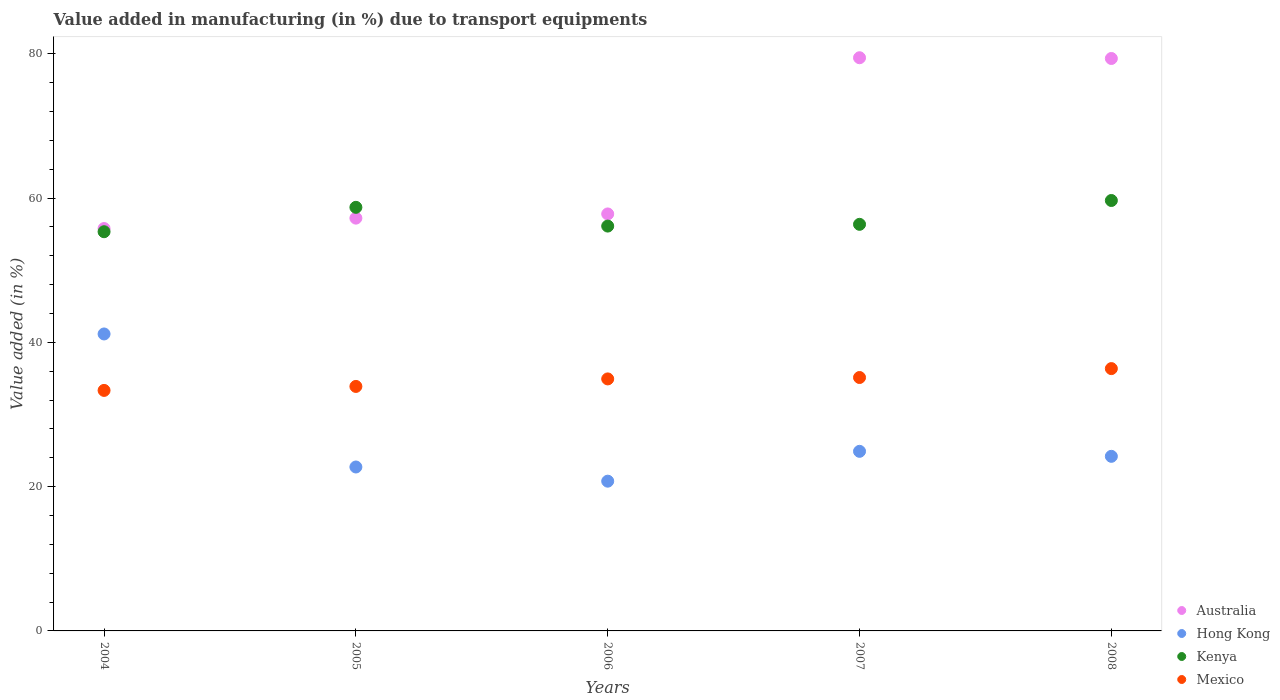
| Years | Australia | Hong Kong | Kenya | Mexico |
 | --- | --- | --- | --- | --- |
 | 2004 | 55.8 | 41.2 | 55.3 | 33.3 |
 | 2005 | 57.2 | 22.7 | 58.7 | 33.9 |
 | 2006 | 57.8 | 20.8 | 56.1 | 34.9 |
 | 2007 | 79.5 | 24.9 | 56.4 | 35.1 |
 | 2008 | 79.4 | 24.2 | 59.7 | 36.4 |